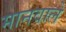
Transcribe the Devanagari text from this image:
मानवाले